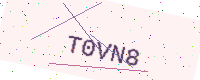
Text: T0VN8